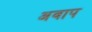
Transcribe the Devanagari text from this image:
अवाप